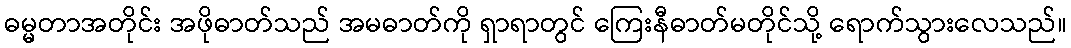
ဓမ္မတာအတိုင်း အဖိုဓာတ်သည် အမဓာတ်ကို ရှာရာတွင် ကြေးနီဓာတ်မတိုင်သို့ ရောက်သွားလေသည်။